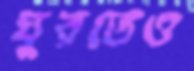
ঘুরতেও